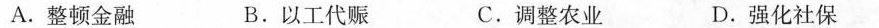
A.整顿金融 B.以工代赈 C.调整农业 D.强化社保